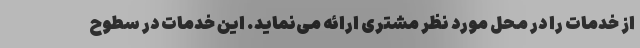
از خدمات را در محل مورد نظر مشتری ارائه می‌نماید. این خدمات در سطوح